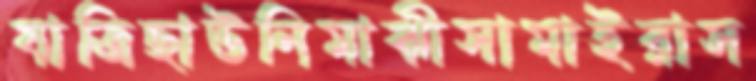
যাত্রিছাউনিমাঝীসামাইরাস